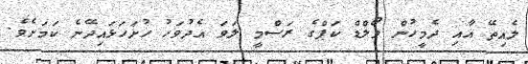
ލެއިތޭ އާއި ދެމީހުން ވޯލްޑް ކަޕްގެ ރަސްމީ ލަވަ އެދުވަހު ހުށަހަޅައިދޭނެ ކަމަށެވެ.